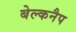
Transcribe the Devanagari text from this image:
बेल्कनैप